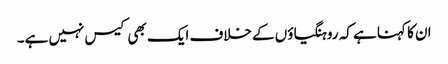
ان کا کہنا ہے کہ روہنگیاؤں کے خلاف ایک بھی کیس نہیں ہے۔